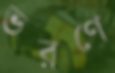
ভরণে